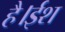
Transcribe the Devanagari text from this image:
है।ईश